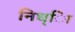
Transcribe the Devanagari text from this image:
निध्ाि